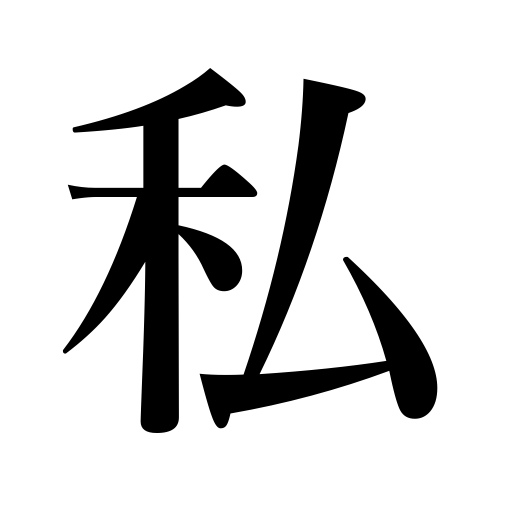
Meanings: myself,I,private affairs